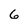
Character: 6